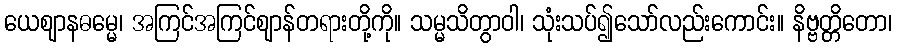
ယေဈာနဓမ္မေ၊ အကြင်အကြင်ဈာန်တရားတို့ကို။ သမ္မသိတွာဝါ၊ သုံးသပ်၍သော်လည်းကောင်း။ နိဗ္ဗတ္တိတော၊